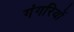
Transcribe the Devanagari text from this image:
गंगरियों